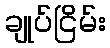
ချုပ်ငြိမ်း